Vaccination Hyderabad 1890-1903 - 1890-1903
Year: 1890
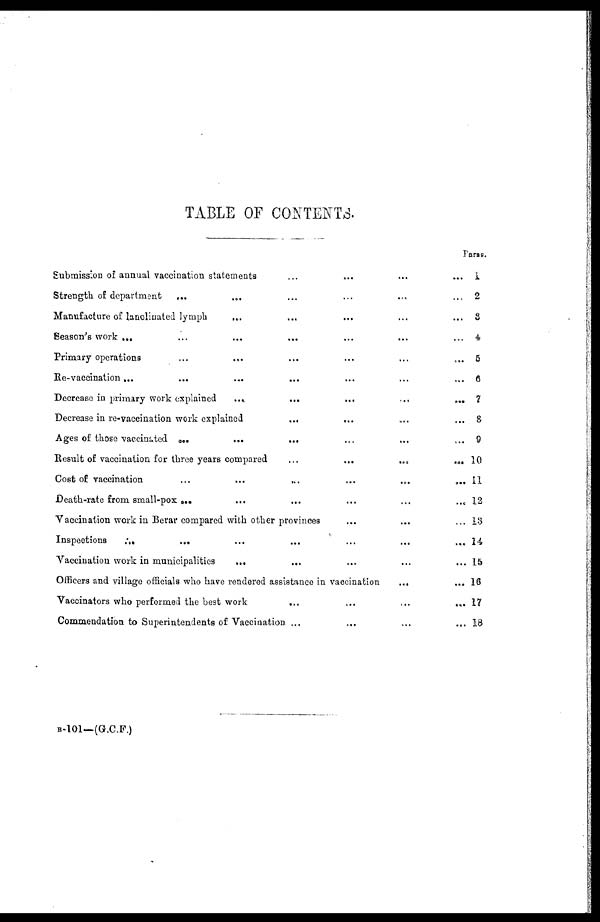
TABLE OF CONTENTS.
Paras.
Submission of annual vaccination statements ... ... ... ...
Strength of department
... ... ... ... ... ...
Manufacture of lanolinated lymph
... ... ... ... ...
Season's work ... ... ... ... ... ... ...
Primary operations ... ... ... ... ... ... ...
Re-vaccination...
...
...
... ... ... ...
Decrease in primary work explained
....
...
...
...
...
Decrease in re-vaccination work explained
...
...
...
...
Ages of those vaccinated ...
...
... ... ... ...
Result of vaccination for three years compared
...
...
...
...
Cost of vaccination
...
...
... ... ... ...
Death-rate from small-pox...
...
...
...
...
...
Vaccination work in Berar compared with other provinces
...
... ...
Inspections
...
...
...
...
...
...
...
Vaccination work in municipalities
...
...
...
...
...
Officers and village officials who have rendered assistance in vaccination
...
Vaccinators who performed the best work
...
...
...
...
Commendation to Superintendents of Vaccination ...
... ... ...
1
2
3
4
5
6
7
8
9
10
11
12
13
14
15
16
17
18
B-101—(G.C.F.)